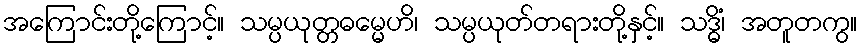
အကြောင်းတို့ကြောင့်။ သမ္ပယုတ္တဓမ္မေဟိ၊ သမ္ပယုတ်တရားတို့နှင့်။ သဒ္ဓိံ၊ အတူတကွ။